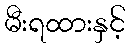
မီးရထားနှင့်